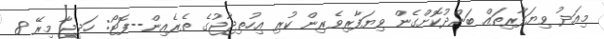
މިއަދު ވިޔަފާރިތައް ބަންދުކޮށްގެން ވިޔަފާރިވެރިން ކުރި އިހުތިޖާޖުގެ ތެރެއިން--ފޮޓޯ: ހަދީޖާ މިރޭ 8